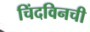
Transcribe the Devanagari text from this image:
चिंदविनची